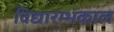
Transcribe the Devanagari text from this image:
विद्यारम्भकाल